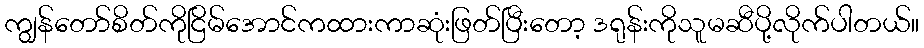
ကျွန်တော်စိတ်ကိုငြိမ်အောင်ကထားကာဆုံးဖြတ်ပြီးတော့ ဒရုန်းကိုသူမဆီပို့လိုက်ပါတယ်။